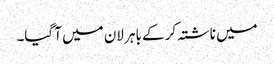
میں ناشتہ کر کے باہر لان میں آ گیا۔